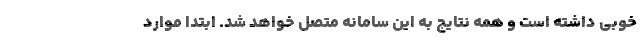
خوبی داشته است و همه نتایج به این سامانه متصل خواهد شد. ابتدا موارد